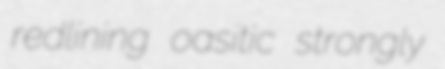
redlining oasitic strongly